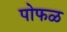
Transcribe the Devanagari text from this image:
पोफळ